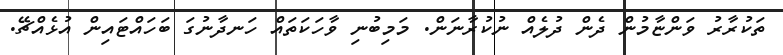
ތަކުރާރު ވަންޏާމުން ދެން ދުލެއް ނުކުރާނަން. މަމިބުނި ވާހަަކަތައް ހަނދާނުގަ ބަހައްޓައިން އުޅެއްޗޭ.